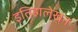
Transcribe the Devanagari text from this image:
इतिहालेखन